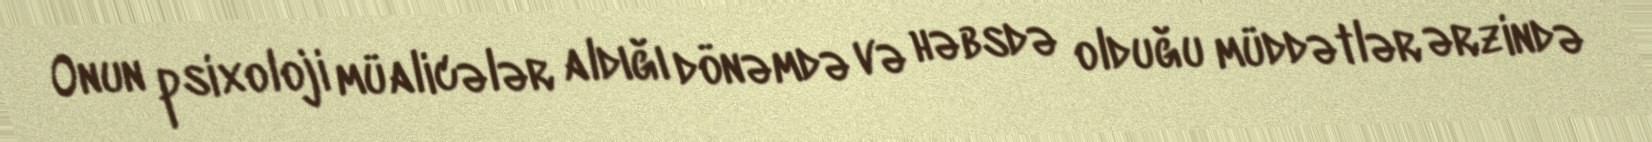
Onun psixoloji müalicələr aldığı dönəmdə və həbsdə olduğu müddətlər ərzində